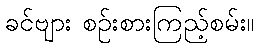
ခင်ဗျား စဉ်းစားကြည့်စမ်း။